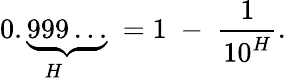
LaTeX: {\underset{H}{0.\underbrace{999\ldots}}}\; =1\; -\; {\frac{1}{10^{H}}}.